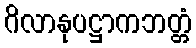
ဂိလာနုပဋ္ဌာကဘတ္တံ